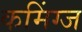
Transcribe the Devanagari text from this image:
कमिंग्ज